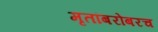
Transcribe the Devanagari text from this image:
मृतांबरोबरच